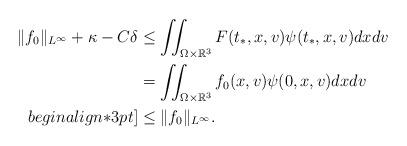
LaTeX: \begin{align*} \|f_0\|_{L^\infty}+\kappa - C\delta & \leq \iint_{\Omega\times\mathbb{R}^3} F(t_*,x,v)\psi(t_*,x,v) dxdv \\ & = \iint_{\Omega\times\mathbb{R}^3} f_0(x,v)\psi(0,x,v) dxdv \\begin{align*}3pt] & \leq \|f_0\|_{L^\infty} . \end{align*}